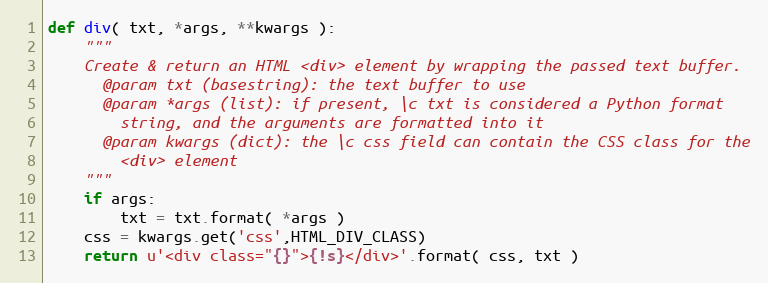
Language: Python
def div( txt, *args, **kwargs ):
    """
    Create & return an HTML <div> element by wrapping the passed text buffer.
      @param txt (basestring): the text buffer to use
      @param *args (list): if present, \c txt is considered a Python format
        string, and the arguments are formatted into it
      @param kwargs (dict): the \c css field can contain the CSS class for the
        <div> element
    """
    if args:
        txt = txt.format( *args )
    css = kwargs.get('css',HTML_DIV_CLASS)
    return u'<div class="{}">{!s}</div>'.format( css, txt )